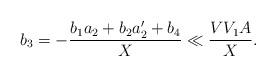
LaTeX: \begin{align*}b_3=-\frac{b_1a_2+b_2a_2'+b_4}{X}\ll \frac{V V_1 A}{X}.\end{align*}